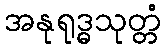
အနုရုဒ္ဓသုတ္တံ